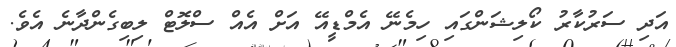
އަދި ސަރުކާރު ކޯލިޝަންގައި ހިމެނޭ އެމްޑީއޭ އަށް އެއް ސްލޮޓް ލިބިގެންދާނެ އެވެ.